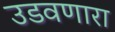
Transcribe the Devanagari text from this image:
उडवणारा